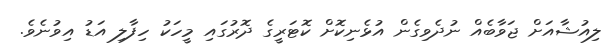
ލިއުޝާއަށް ޖަވާބެއް ނުދެވިގެން އުޅެނިކޮށް ކޮޓަރީގެ ދޮރުގައި މީހަކު ހިފާލި އަޑު އިވުނެވެ.